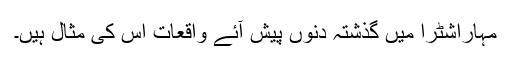
مہاراشٹرا میں گذشتہ دنوں پیش آئے واقعات اس کی مثال ہیں۔